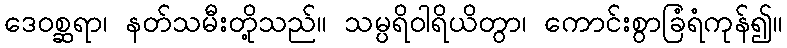
ဒေဝစ္ဆရာ၊ နတ်သမီးတို့သည်။ သမ္ပရိဝါရိယိတွာ၊ ကောင်းစွာခြံရံကုန်၍။